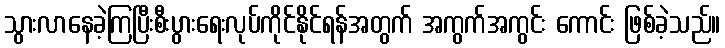
သွားလာနေခဲ့ကြပြီးစီးပွားရေးလုပ်ကိုင်နိုင်ရန်အတွက် အကွက်အကွင်း ကောင်း ဖြစ်ခဲ့သည်။